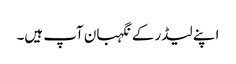
اپنے لیڈر کے نگہبان آپ ہیں۔